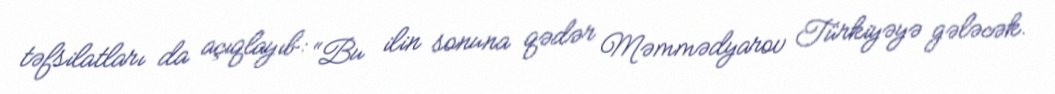
təfsilatları da açıqlayıb: “Bu ilin sonuna qədər Məmmədyarov Türkiyəyə gələcək.